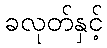
ခလုတ်နှင့်